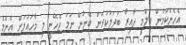
އެހެންކަމުން ފިލްމީ ދާއިރާ ބަދަލުކުރަން ބޭނުން ނަމަ ޖެހޭނީ މި މާހައުލަށް އެންމެ